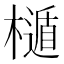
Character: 𣜲